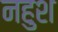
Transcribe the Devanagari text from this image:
नहुश